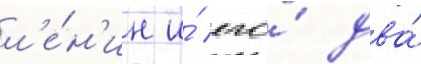
л'е́н'ин и́ его́ два́